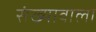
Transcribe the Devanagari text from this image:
संख्यावाला